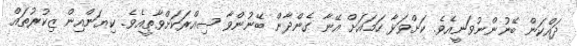
ދައްކަން ބޭނުންނުވަނީއެވެ. ކަށްވަޅާ ހަމައަށް އޭނާ ގެންދާން ބޭނުންވާ ސިއްރަކަށްވާތީއެވެ. ކިޔަންއިން ޒިކުރުތައް